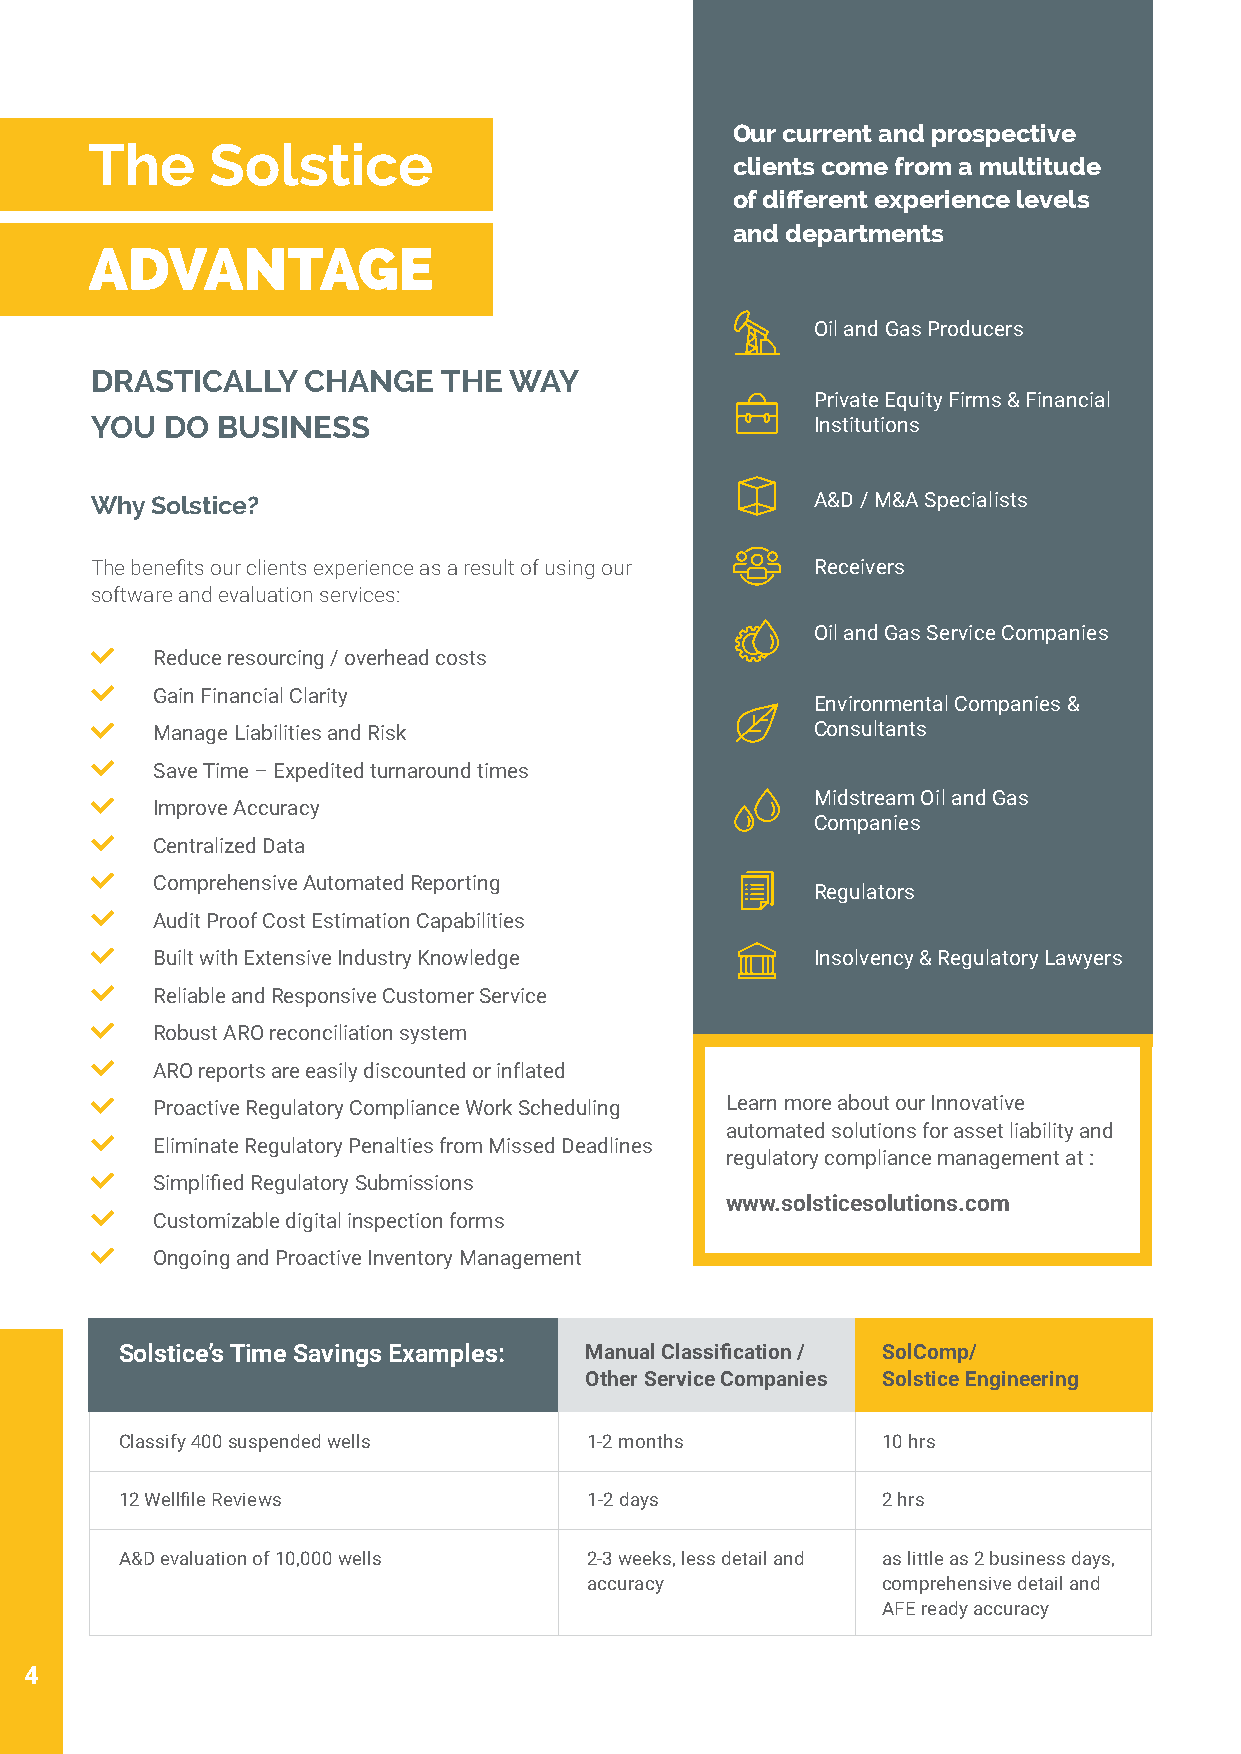
Our current and prospective
 The     Solstice
 clients come from a multitude
 of different experience levels
 and departments
 ADVANTAGE
 Oil and Gas Producers
 DRASTICALLY   CHANGE   THE  WAY
 Private Equity Firms & Financial
 YOU  DO BUSINESS                                Institutions
 Why Solstice?                                   A&D / M&A Specialists
 The benefits our clients experience as a result of using our Receivers
 software and evaluation services:
 Oil and Gas Service Companies
 Reduce resourcing / overhead costs
 Gain Financial Clarity
 Environmental Companies &
 Manage Liabilities and Risk                 Consultants
 Save Time – Expedited turnaround times
 Midstream Oil and Gas
 Improve Accuracy
 Companies
 Centralized Data
 Comprehensive Automated Reporting
 Regulators
 Audit Proof Cost Estimation Capabilities
 Built with Extensive Industry Knowledge     Insolvency & Regulatory Lawyers
 Reliable and Responsive Customer Service
 Robust ARO reconciliation system
 ARO reports are easily discounted or inflated
 Proactive Regulatory Compliance Work Scheduling Learn more about our Innovative
 automated solutions for asset liability and
 Eliminate Regulatory Penalties from Missed Deadlines
 regulatory compliance management at :
 Simplified Regulatory Submissions
 www.solsticesolutions.com
 Customizable digital inspection forms
 Ongoing and Proactive Inventory Management
 Solstice’s Time Savings Examples: Manual Classification / SolComp/
 Other Service Companies Solstice Engineering
 Classify 400 suspended wells   1-2 months         10 hrs
 12 Wellfile Reviews            1-2 days           2 hrs
 A&D evaluation of 10,000 wells 2-3 weeks, less detail and as little as 2 business days,
 accuracy           comprehensive detail and
 AFE ready accuracy
 4